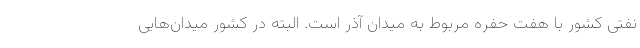
نفتی کشور با هفت حفره مربوط به میدان آذر است. البته در کشور میدان‌هایی